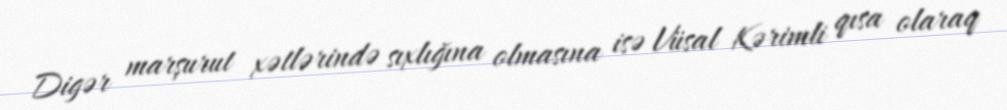
Digər marşurut xətlərində sıxlığına olmasına isə Vüsal Kərimli qısa olaraq